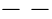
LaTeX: -\ -